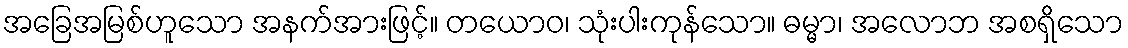
အခြေအမြစ်ဟူသော အနက်အားဖြင့်။ တယောဝ၊ သုံးပါးကုန်သော။ ဓမ္မာ၊ အလောဘ အစရှိသော